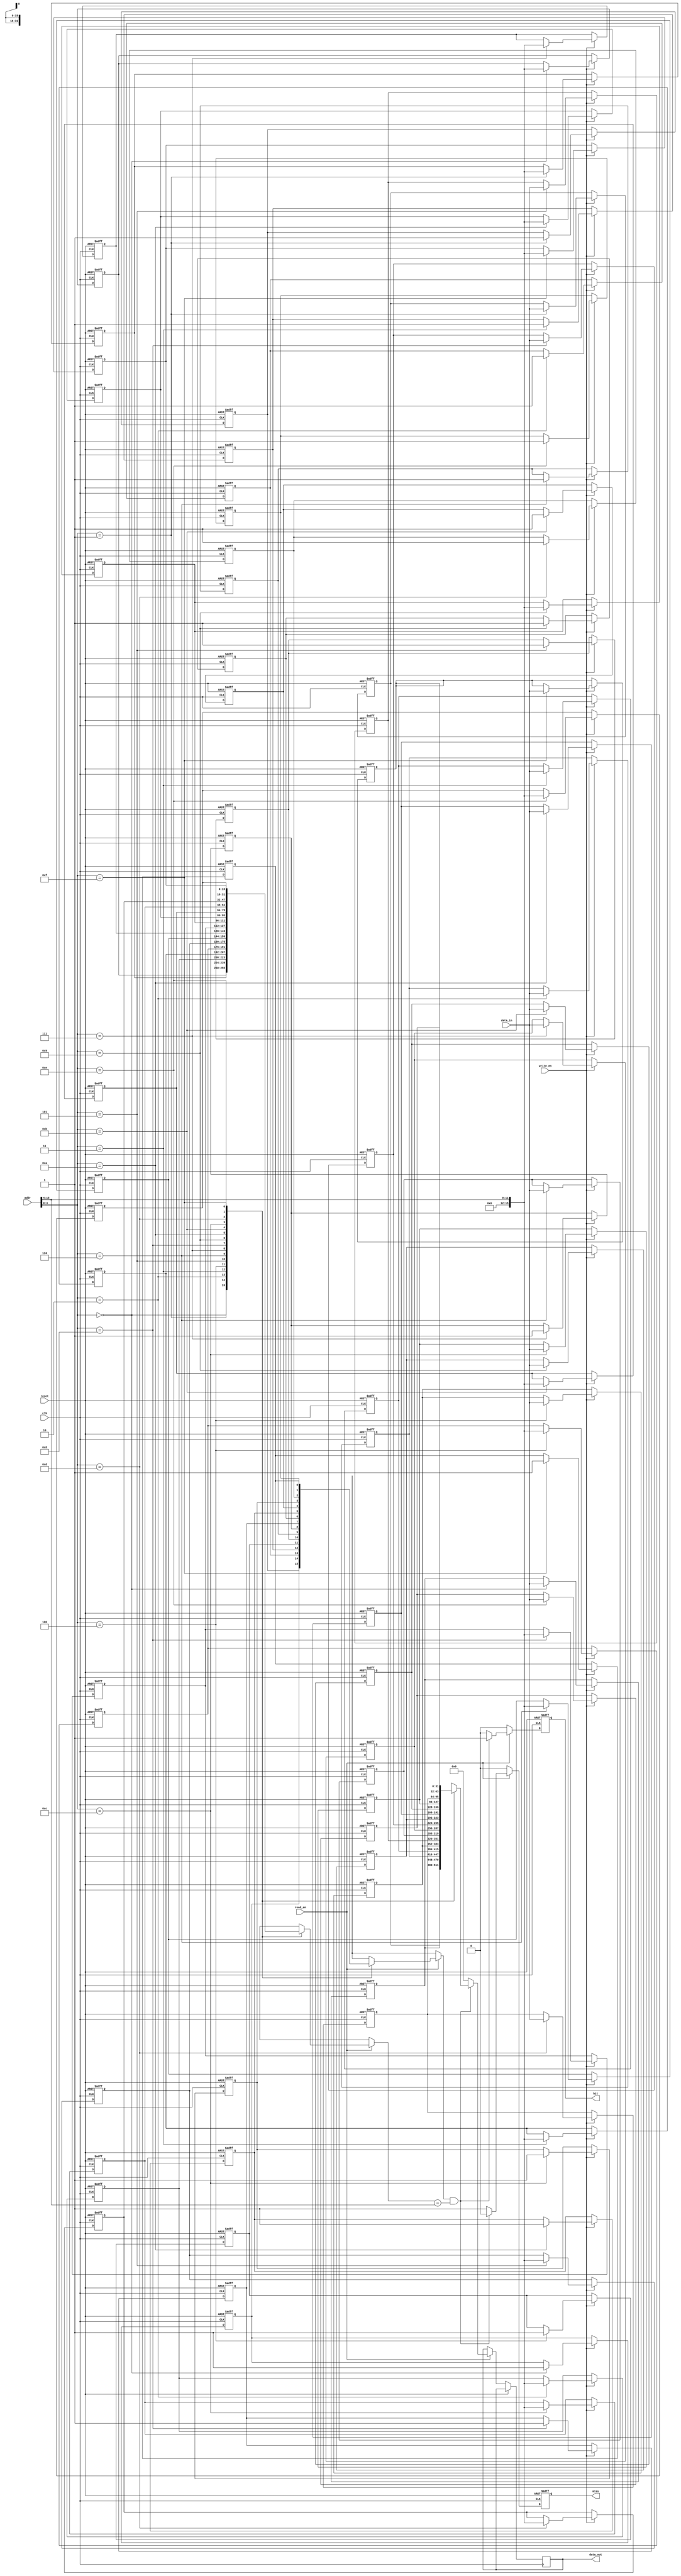
module direct_mapped_cache #(
    parameter ADDR_WIDTH = 16,    // Width of the address
    parameter DATA_WIDTH = 32,     // Width of the data
    parameter CACHE_SIZE = 16      // Number of cache lines
)(
    input wire clk,
    input wire reset,
    input wire [ADDR_WIDTH-1:0] addr,
    input wire [DATA_WIDTH-1:0] data_in,
    input wire read_en,
    input wire write_en,
    output reg [DATA_WIDTH-1:0] data_out,
    output reg hit,
    output reg miss
);

    // Cache line structure
    reg valid [0:CACHE_SIZE-1];         // Valid bits for each cache line
    reg [ADDR_WIDTH-1:0] tag [0:CACHE_SIZE-1]; // Tag for each cache line
    reg [DATA_WIDTH-1:0] data [0:CACHE_SIZE-1]; // Data for each cache line

    // Calculate index and tag from address
    wire [ADDR_WIDTH-1:0] index = addr[3:0]; // Example: 4-bit index for 16 lines
    wire [ADDR_WIDTH-1:0] tag_in = addr[ADDR_WIDTH-1:4]; // Remaining bits as tag

    // Cache initialization on reset
    integer i;
    always @(posedge clk or posedge reset) begin
        if (reset) begin
            for (i = 0; i < CACHE_SIZE; i = i + 1) begin
                valid[i] <= 1'b0;
                tag[i] <= 0;
                data[i] <= 0;
            end
            hit <= 0;
            miss <= 0;
        end else begin
            // Read operation
            if (read_en) begin
                if (valid[index] && (tag[index] == tag_in)) begin
                    // Cache hit
                    data_out <= data[index];
                    hit <= 1;
                    miss <= 0;
                end else begin
                    // Cache miss
                    data_out <= 0; // or some default value
                    hit <= 0;
                    miss <= 1;
                    // Here you could add logic to fetch data from main memory
                end
            end else begin
                hit <= 0;
                miss <= 0;
            end
            
            // Write operation
            if (write_en) begin
                valid[index] <= 1'b1; // Set valid bit
                tag[index] <= tag_in; // Update tag
                data[index] <= data_in; // Write data
            end
        end
    end

endmodule